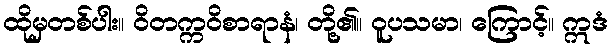
ထိုမှတစ်ပါး။ ဝိတက္ကဝိစာရာနံ၊ တို့၏။ ဝူပသမာ၊ ကြောင့်။ ဣဒံ